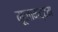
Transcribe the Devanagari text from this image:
मूलामट्टम